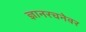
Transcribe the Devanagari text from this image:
ज्ञानरचनेवर